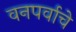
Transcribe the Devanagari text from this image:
वनपर्वाचे